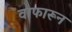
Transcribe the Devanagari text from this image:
वाफारून